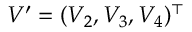
V ^ { \prime } = ( V _ { 2 } , V _ { 3 } , V _ { 4 } ) ^ { \top }